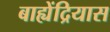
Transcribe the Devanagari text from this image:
बाह्येंद्रियास